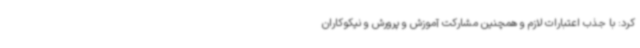
کرد: با جذب اعتبارات لازم و همچنین مشارکت آموزش و پرورش و نیکوکاران